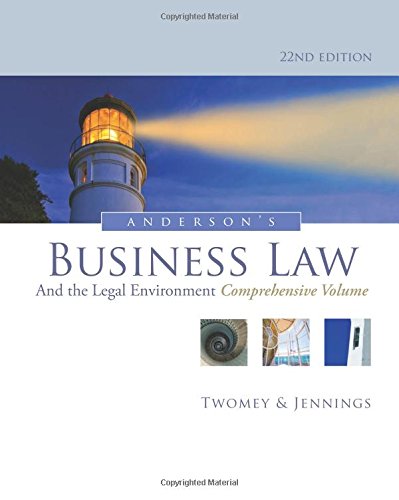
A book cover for Anderson's Business Law and the Legal Environment, Comprehensive Volume; David P. Twomey; Law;